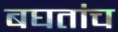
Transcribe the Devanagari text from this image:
बघतांच